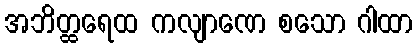
အဘိတ္ထရေထ ကလျာဏေ စသော ဂါထာ